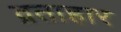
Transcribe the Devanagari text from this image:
व्रताहार